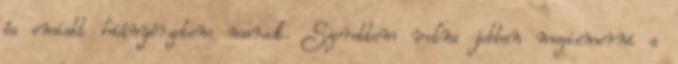
és emiatt hiányérzetem maradt. Szerettem volna jobban megismerni a